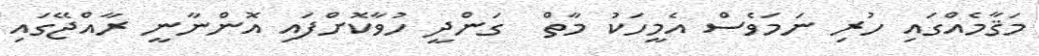
މަޤާމެއްގައި ހުރި ނަމަވެސް އެމީހަކު މާތް  ގަންދީ ހުވާކޮށްފައި އޮންނާނީ ރާއްޖޭގައި